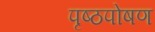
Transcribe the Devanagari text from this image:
पृष्ठपोषण